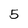
Character: 5